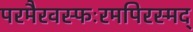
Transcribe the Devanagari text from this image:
परमैरवस्फःरमपिरस्मद्